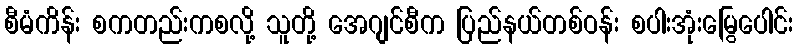
စီမံကိန်း စကတည်းကစလို့ သူတို့ အေဂျင်စီက ပြည်နယ်တစ်ဝန်း စပါးအုံးမြွေပေါင်း